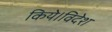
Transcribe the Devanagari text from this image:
किये।विदेश